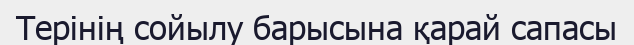
Терінің сойылу барысына қарай сапасы